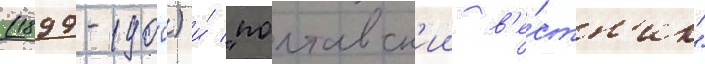
(1899-1900) и́ "полтавск'ии в'е́стн'ик"